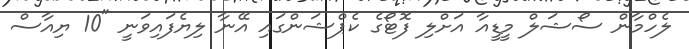
ލެހްމާން ސޯޝަލް މީޑީއާ އަށްލި ފޮޓޯގެ ކެޕްޝަންގައި އޭނާ ލިޔެފައިވަނީ "10 ޔިއާސް